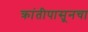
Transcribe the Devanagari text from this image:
क्रांतीपासूनचा